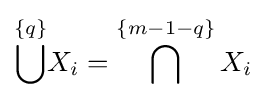
{\overset {\{q\}}{\bigcup }}X_{i}=\bigcap ^{\{m-1-q\}}X_{i}